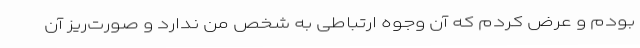
بودم و عرض کردم که آن وجوه ارتباطی به شخص من‌ ندارد و صورت‌ریز آن